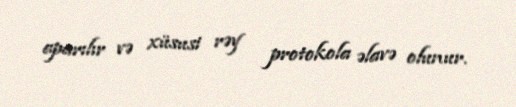
aparılır və xüsusi rəy protokola əlavə olunur.